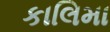
કાલિમા